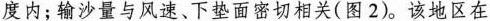
度内；输沙量与风速、下垫面密切相关(图2)。该地区在